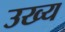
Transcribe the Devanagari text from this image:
उख्य